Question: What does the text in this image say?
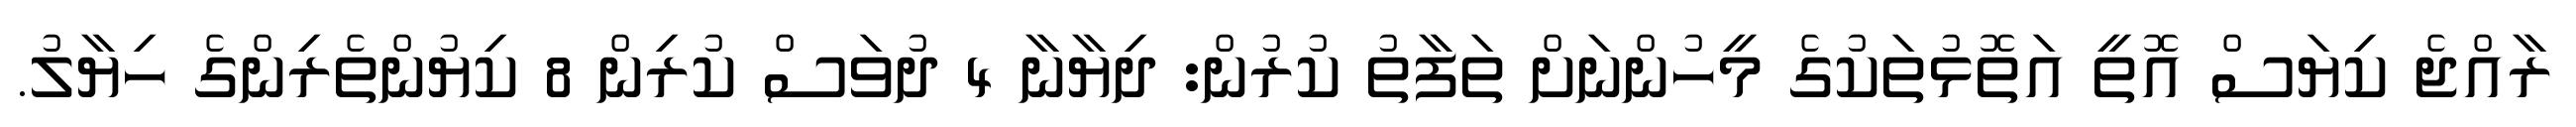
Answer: ރާއްޖެ ކިޔަސް އޮތީ އަތޮޅުތަކުގެ މީހުންނަށް ތަފާތު ކުރުން: ދިޔާނާ 4 ދުވަސް ކުރިން 8 ކިޔުންތެރިންގެ ހިޔާލު.